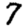
Digit: 7